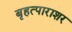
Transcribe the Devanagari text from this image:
बृहत्पाराशर